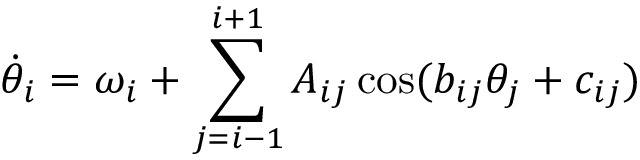
\dot { \theta } _ { i } = \omega _ { i } + \sum _ { j = i - 1 } ^ { i + 1 } A _ { i j } \cos ( b _ { i j } \theta _ { j } + c _ { i j } )